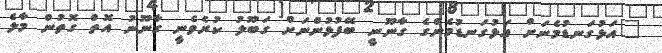
"އަޅުގަނޑުމެނަށް އަޅުގަނޑުމެންގެ ގާނޫނީ ބޭފުޅުންނަށް ގަބޫލު ކުރެވެނީ ގާނޫނު އޮތް ގޮތުން މާލެ